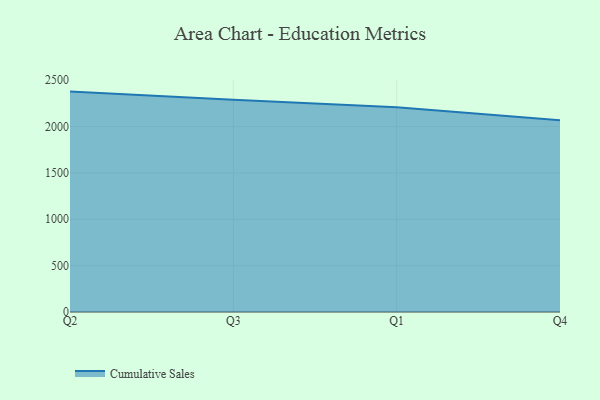
{"axis": {"x": "Quarter", "y": "Gross Profit (USD K)"}, "legend": ["Cumulative Sales"], "data": [{"x": "Q2", "y": 2376.9, "type": "Cumulative Sales"}, {"x": "Q3", "y": 2288.3, "type": "Cumulative Sales"}, {"x": "Q1", "y": 2207.8, "type": "Cumulative Sales"}, {"x": "Q4", "y": 2069.2, "type": "Cumulative Sales"}]}